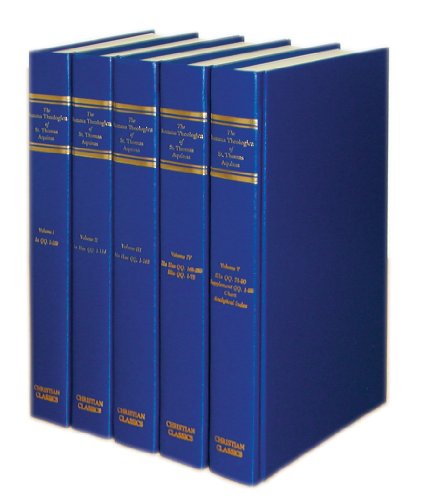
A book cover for The Summa Theologica of St. Thomas Aquinas (Five Volumes); Thomas Aquinas; Christian Books & Bibles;